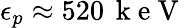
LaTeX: \epsilon_{p}\approx 520\, \mathrm{~k~e~V~}